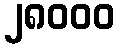
၂၈၀၀၀